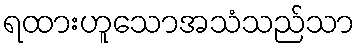
ရထားဟူသောအသံသည်သာ